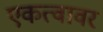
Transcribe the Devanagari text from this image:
एकत्वावर